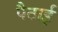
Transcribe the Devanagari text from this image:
पैठाई